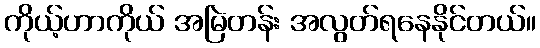
ကိုယ့်ဟာကိုယ် အမြဲတန်း အလွတ်ရနေနိုင်တယ်။